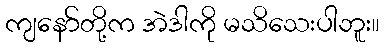
ကျနော်တို့က အဲဒါကို မသိသေးပါဘူး။